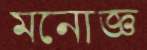
মনোজ্ঞ